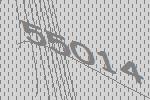
55014